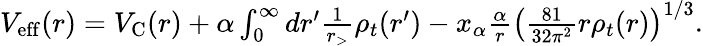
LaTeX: \begin{array}{r}{V_{\mathrm{eff}}(r)=V_{\mathrm{C}}(r)+\alpha\int_{0}^{\infty}dr^{\prime}\frac{1}{r_{>}}\rho_{t}(r^{\prime})-x_{\alpha}\frac{\alpha}{r}\left(\frac{81}{32\pi^{2}}r\rho_{t}(r)\right)^{1/3}.}\end{array}